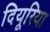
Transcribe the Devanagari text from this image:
दियूरिया